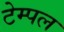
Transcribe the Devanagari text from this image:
टेम्‍पल